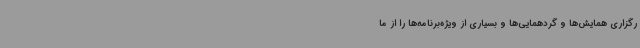
رگزاری همایش‌ها و گردهمایی‌ها و بسیاری از ویژه‌برنامه‌ها را از ما